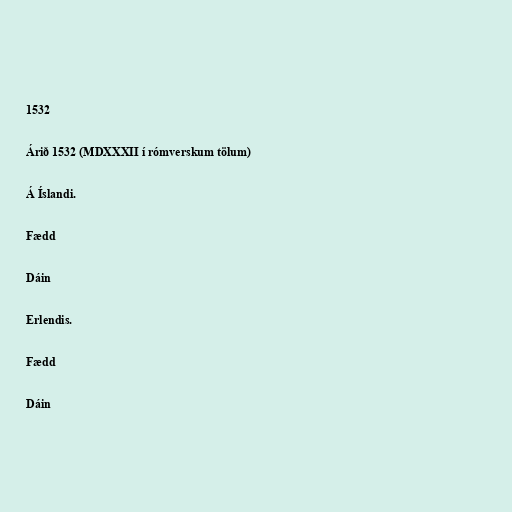
1532

Árið 1532 (MDXXXII í rómverskum tölum)

Á Íslandi.

Fædd

Dáin

Erlendis.

Fædd

Dáin